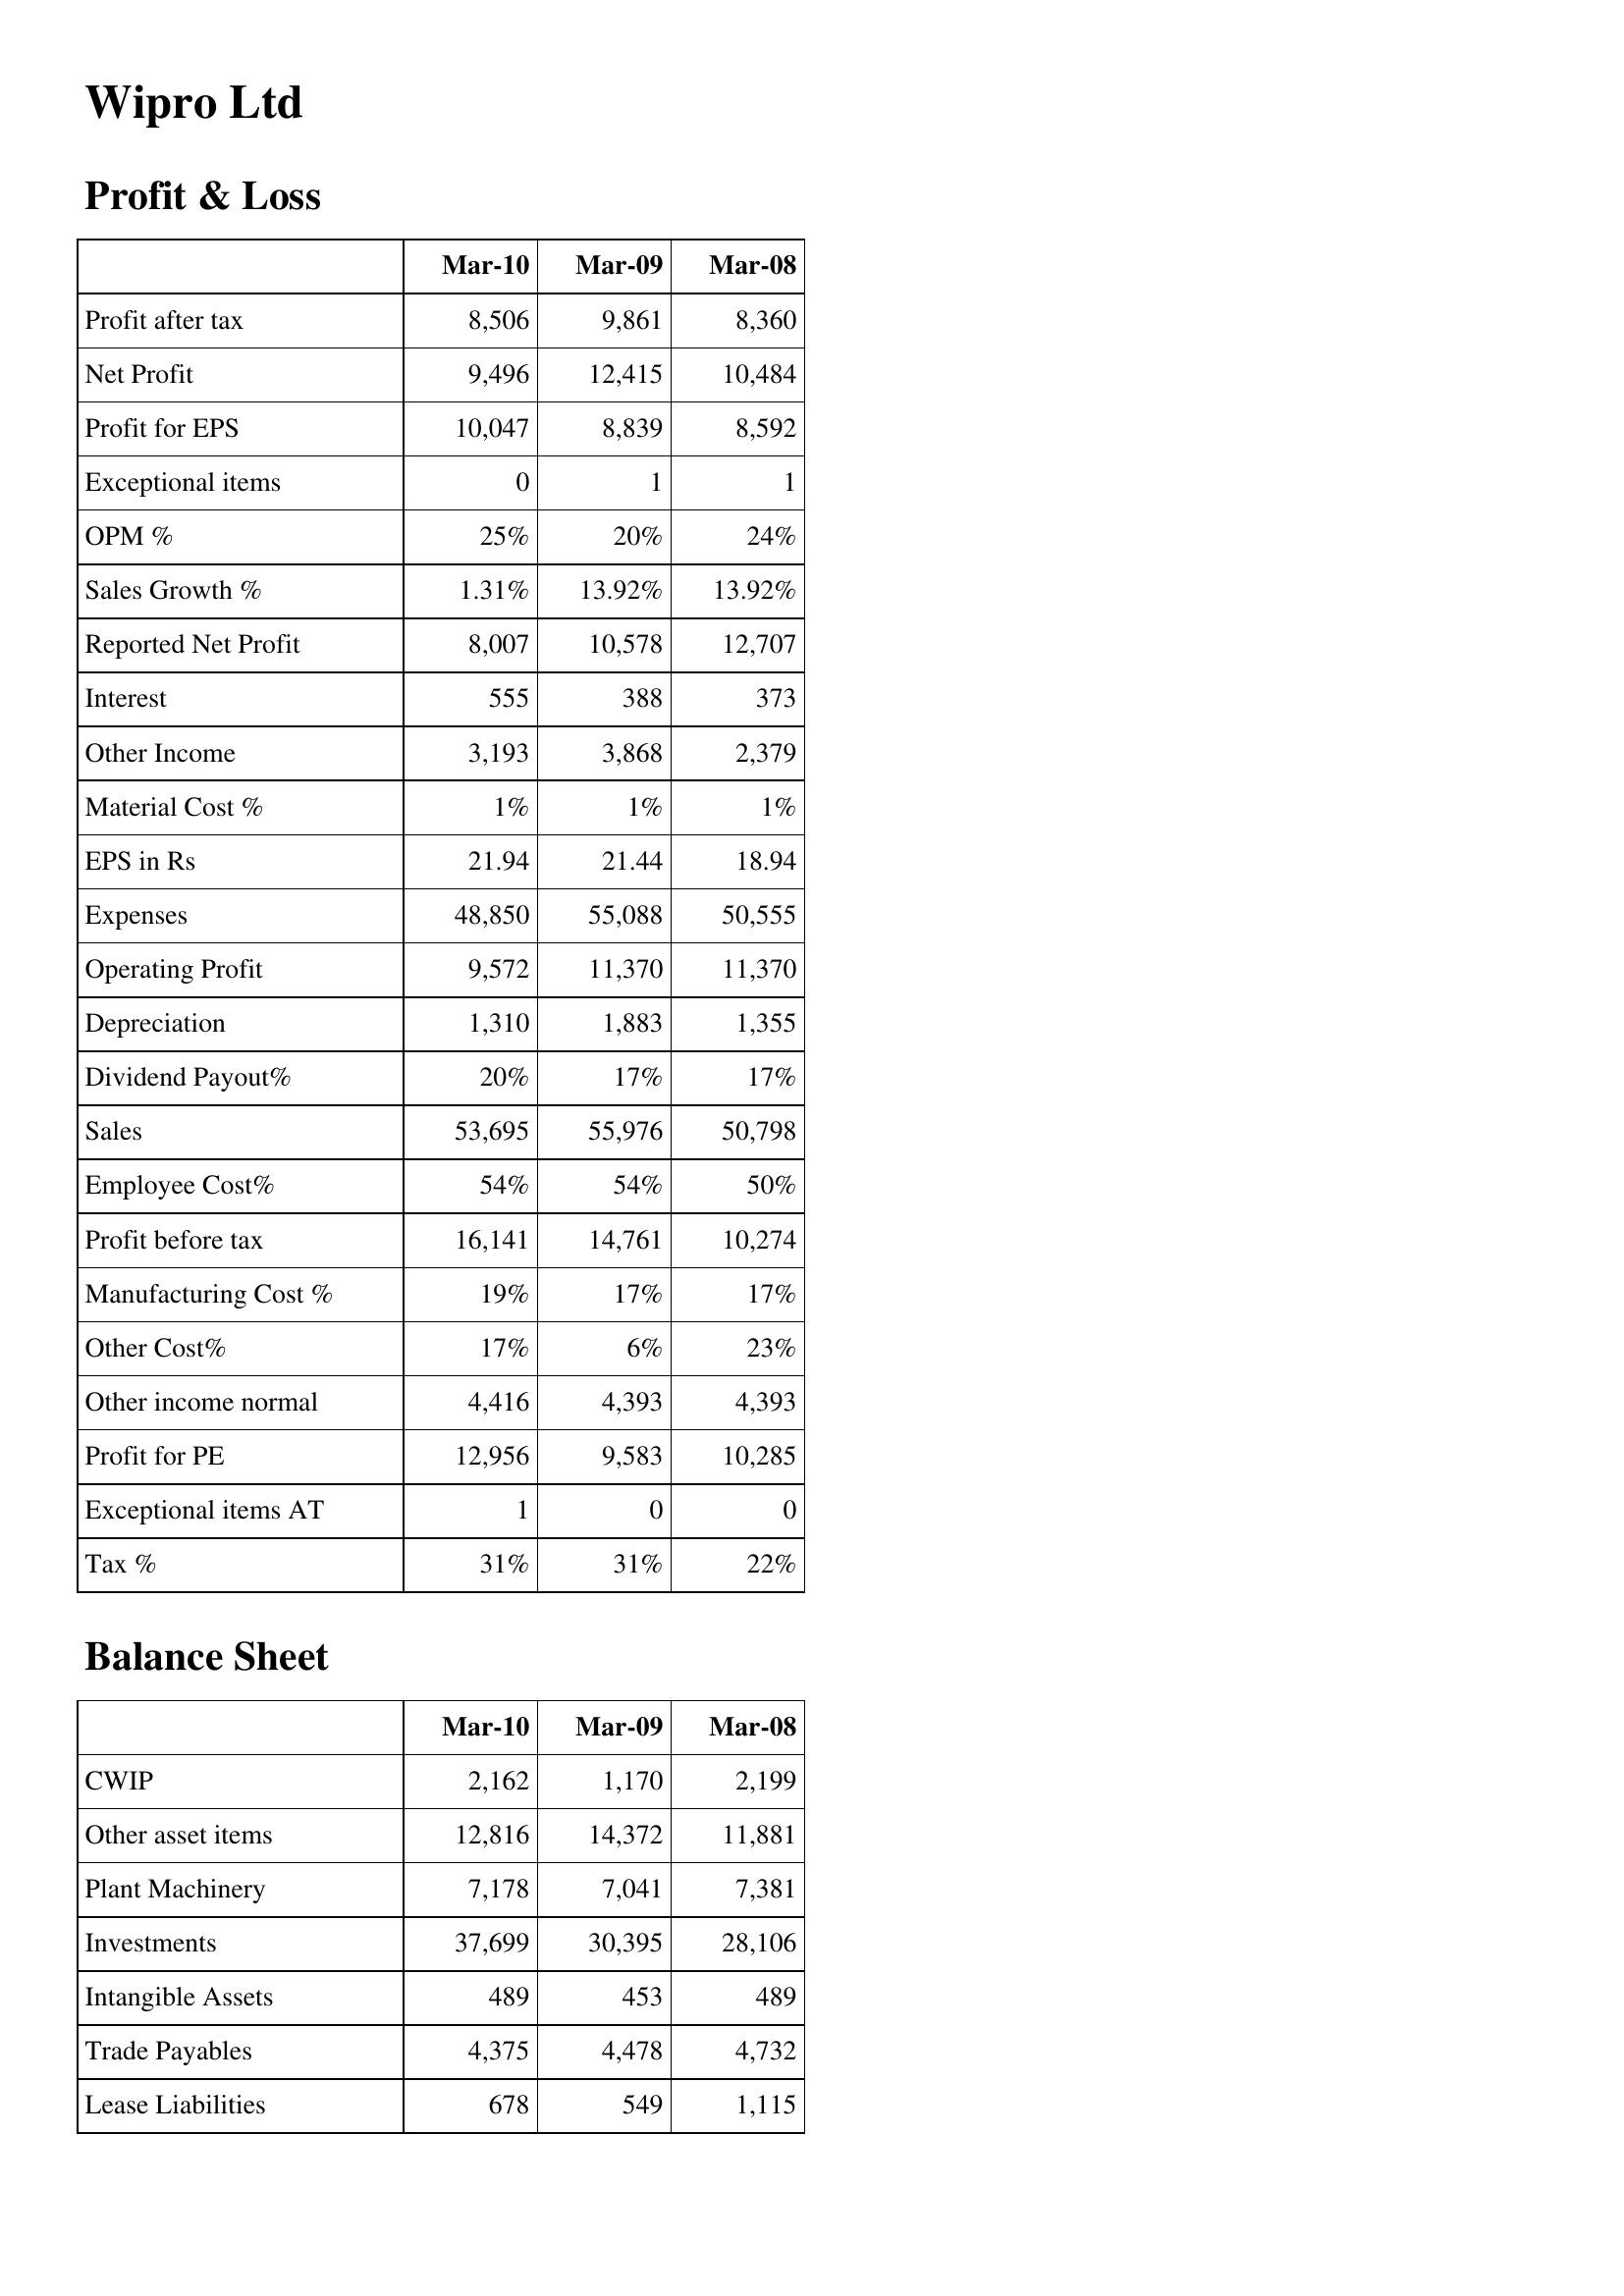
Mar-10: Profit & Loss: Profit after tax: 8,506
Net Profit: 9,496
Profit for EPS: 10,047
Exceptional items: 0
OPM %: 25%
Sales Growth %: 1.31%
Reported Net Profit: 8,007
Interest: 555
Other Income: 3,193
Material Cost %: 1%
EPS in Rs: 21.94
Expenses: 48,850
Operating Profit: 9,572
Depreciation: 1,310
Dividend Payout%: 20%
Sales: 53,695
Employee Cost%: 54%
Profit before tax: 16,141
Manufacturing Cost %: 19%
Other Cost%: 17%
Other income normal: 4,416
Profit for PE: 12,956
Exceptional items AT: 1
Tax %: 31%
Balance Sheet: CWIP: 2,162
Other asset items: 12,816
Plant Machinery: 7,178
Investments: 37,699
Intangible Assets: 489
Trade Payables: 4,375
Lease Liabilities: 678
Mar-09: Profit & Loss: Profit after tax: 9,861
Net Profit: 12,415
Profit for EPS: 8,839
Exceptional items: 1
OPM %: 20%
Sales Growth %: 13.92%
Reported Net Profit: 10,578
Interest: 388
Other Income: 3,868
Material Cost %: 1%
EPS in Rs: 21.44
Expenses: 55,088
Operating Profit: 11,370
Depreciation: 1,883
Dividend Payout%: 17%
Sales: 55,976
Employee Cost%: 54%
Profit before tax: 14,761
Manufacturing Cost %: 17%
Other Cost%: 6%
Other income normal: 4,393
Profit for PE: 9,583
Exceptional items AT: 0
Tax %: 31%
Balance Sheet: CWIP: 1,170
Other asset items: 14,372
Plant Machinery: 7,041
Investments: 30,395
Intangible Assets: 453
Trade Payables: 4,478
Lease Liabilities: 549
Mar-08: Profit & Loss: Profit after tax: 8,360
Net Profit: 10,484
Profit for EPS: 8,592
Exceptional items: 1
OPM %: 24%
Sales Growth %: 13.92%
Reported Net Profit: 12,707
Interest: 373
Other Income: 2,379
Material Cost %: 1%
EPS in Rs: 18.94
Expenses: 50,555
Operating Profit: 11,370
Depreciation: 1,355
Dividend Payout%: 17%
Sales: 50,798
Employee Cost%: 50%
Profit before tax: 10,274
Manufacturing Cost %: 17%
Other Cost%: 23%
Other income normal: 4,393
Profit for PE: 10,285
Exceptional items AT: 0
Tax %: 22%
Balance Sheet: CWIP: 2,199
Other asset items: 11,881
Plant Machinery: 7,381
Investments: 28,106
Intangible Assets: 489
Trade Payables: 4,732
Lease Liabilities: 1,115